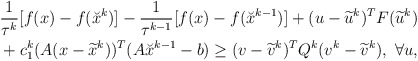
\begin{align*}\begin{aligned}&\frac{1}{\tau^k}[f(x)-f(\breve{x}^{k})]-\frac{1}{\tau^{k-1}}[f(x)-f(\breve{x}^{k-1})]+(u-\widetilde{u}^k)^TF(\widetilde{u}^k)\\&+c_1^k(A(x-\widetilde{x}^k))^T(A\breve{x}^{k-1}-b)\geq(v-\widetilde{v}^k)^TQ^k(v^k-\widetilde{v}^k), ~\forall u,\end{aligned}\end{align*}